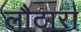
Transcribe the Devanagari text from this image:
लौटारा